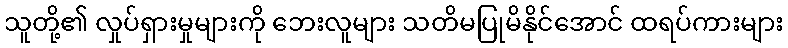
သူတို့၏ လှုပ်ရှားမှုများကို ဘေးလူများ သတိမပြုမိနိုင်အောင် ထရပ်ကားများ